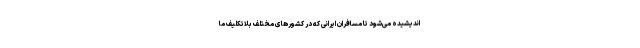
اندیشیده می‌شود تا مسافران ایرانی که در کشورهای مختلف بلاتکلیف ما